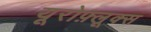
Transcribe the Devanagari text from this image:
यूरोफ़्लूक्स